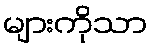
များကိုသာ